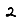
Digit: 2